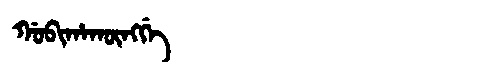
Manchu: ᡤᠣᠪᡳᡥᠠᡴᡡᠩᡤᡝ
Romanization: GOBIHAKŪNGGE